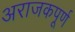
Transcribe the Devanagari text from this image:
अराजकपूर्ण